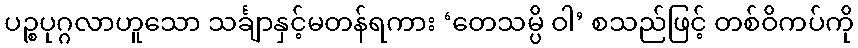
ပဉ္စပုဂ္ဂလာဟူသော သင်္ချာနှင့်မတန်ရကား ‘တေသမ္ပိ ဝါ’ စသည်ဖြင့် တစ်ဝိကပ်ကို